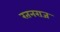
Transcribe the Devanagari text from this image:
रतनराज